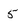
Character: 5